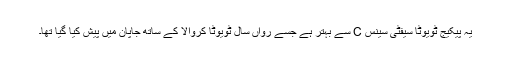
یہ پیکیج ٹویوٹا سیفٹی سینس C سے بہتر ہے جسے رواں سال ٹویوٹا کروالا کے ساتھ جاپان میں پیش کیا گیا تھا۔